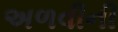
અળવીની